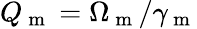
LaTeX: Q_{\mathrm{~m~}}=\Omega_{\mathrm{~m~}}/\gamma_{\mathrm{~m~}}